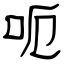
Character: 呃